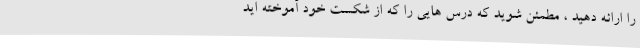
را ارائه دهید ، مطمئن شوید که درس هایی را که از شکست خود آموخته اید